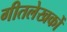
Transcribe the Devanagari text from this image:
गीतलेखकों